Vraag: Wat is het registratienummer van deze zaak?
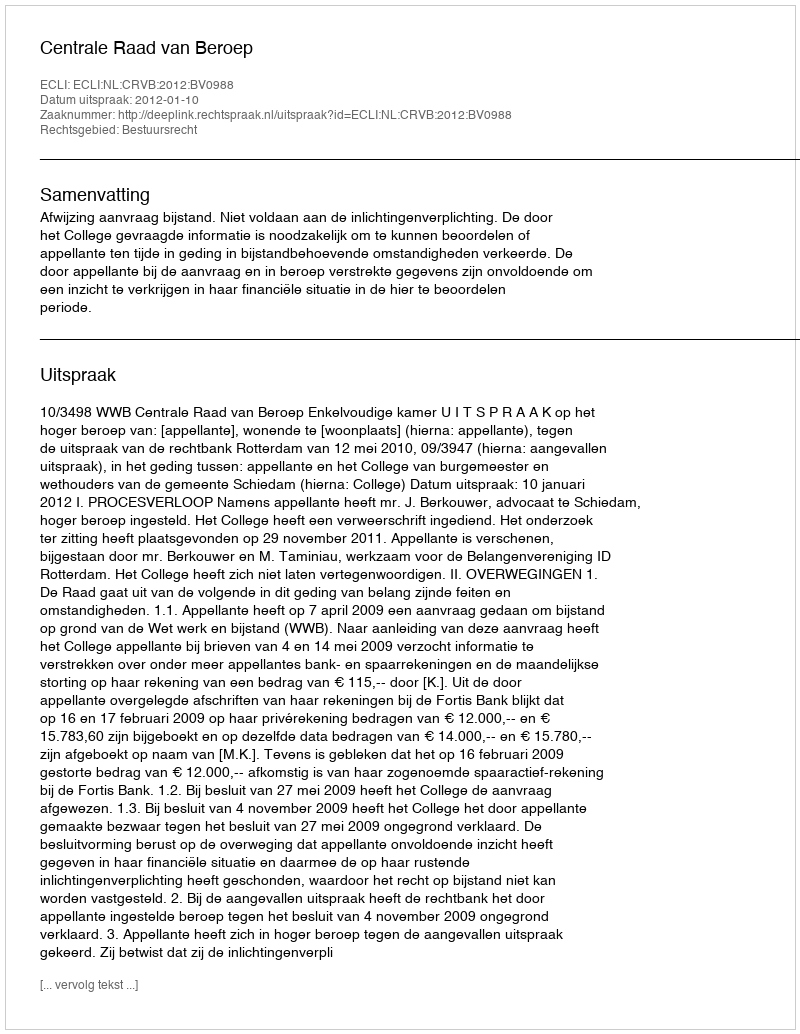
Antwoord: http://deeplink.rechtspraak.nl/uitspraak?id=ECLI:NL:CRVB:2012:BV0988